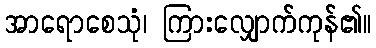
အာရောစေသုံ၊ ကြားလျှောက်ကုန်၏။